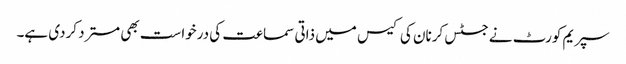
سپریم کورٹ نے جسٹس کرنان کی کیس میں ذاتی سماعت کی درخواست بھی مسترد کردی ہے۔